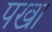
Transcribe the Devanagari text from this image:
पखा